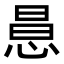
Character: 𢛝